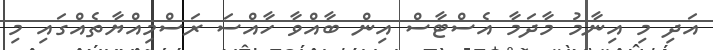
އަދި މި އިނާމު މާދަމާ އެސްޓާސް އިން ބާއްވާ ހާއްސަ ރަސްމިއްޔާތެއްގައި މި